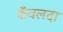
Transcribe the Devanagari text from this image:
कँवलदा